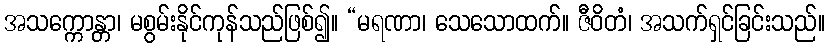
အသက္ကောန္တာ၊ မစွမ်းနိုင်ကုန်သည်ဖြစ်၍။ “မရဏာ၊ သေသောထက်။ ဇီဝိတံ၊ အသက်ရှင်ခြင်းသည်။